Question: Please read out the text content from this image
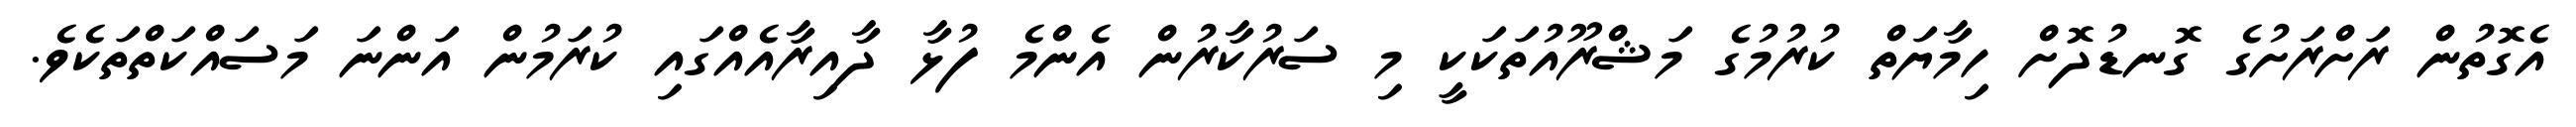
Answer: އެގޮތުން ރަށްރަށުގެ ގޮނޑުދޮށް ހިމާޔަތް ކުރުމުގެ މަޝްރޫއުތަކަކީ މި ސަރުކާރުން އެންމެ ފުޅާ ދާއިރާއެއްގައި ކުރަމުން އަންނަ މަސައްކަތްތަކެވެ.